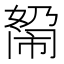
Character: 𰌓